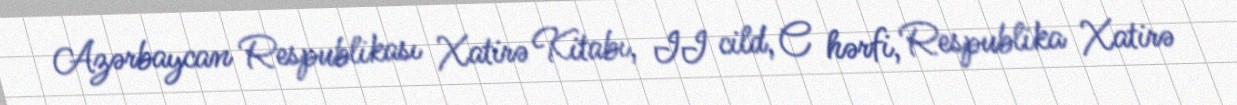
Azərbaycan Respublikası Xatirə Kitabı, II cild, C hərfi, Respublika Xatirə